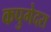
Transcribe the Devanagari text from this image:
कपुगेदरा